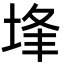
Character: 埄